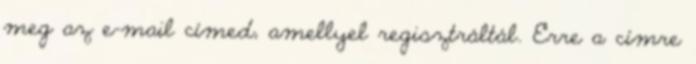
meg az e-mail címed, amellyel regisztráltál. Erre a címre